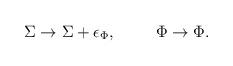
LaTeX: \begin{align*}\Sigma \rightarrow \Sigma + \epsilon_\Phi, \hskip1cm \Phi \rightarrow \Phi.\end{align*}